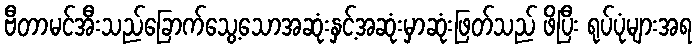
ဗီတာမင်အီးသည်ခြောက်သွေ့သောအဆုံးနှင့်အဆုံးမှာဆုံးဖြတ်သည် ဖိပြီး ရုပ်ပုံများအရ